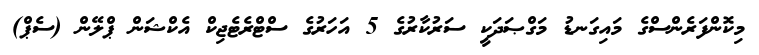
މިކޮންފަރެންސްގެ މައިގަނޑު މަގްޞަދަކީ ސަރުކާރުގެ 5 އަހަރުގެ ސްޓްރެޓެޖިކް އެކްޝަން ޕްލޭން (ސެޕް)